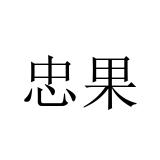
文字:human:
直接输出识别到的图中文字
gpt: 忠果